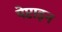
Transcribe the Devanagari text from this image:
पेप्टाइन